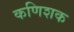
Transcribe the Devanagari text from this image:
कणिशक